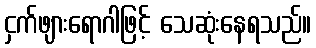
ငှက်ဖျားရောဂါဖြင့် သေဆုံးနေရသည်။